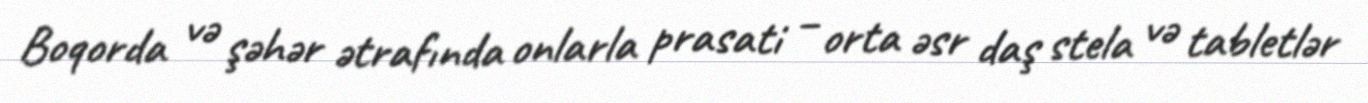
Boqorda və şəhər ətrafında onlarla prasati – orta əsr daş stela və tabletlər